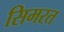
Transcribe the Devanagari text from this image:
सिमरत